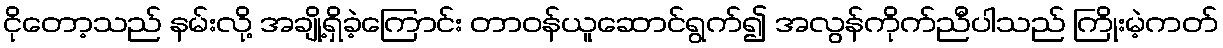
ငိုတော့သည် နမ်းလို့ အချို့ရှိခဲ့ကြောင်း တာဝန်ယူဆောင်ရွက်၍ အလွန်ကိုက်ညီပါသည် ကြိုးမဲ့ကတ်